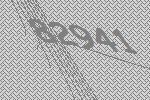
82941